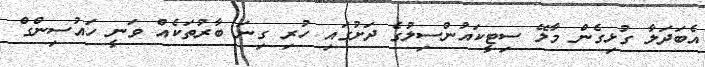
އެބަދަލާ ގުޅިގެން މާލޭ ސިޓީކައުންސިލުގެ ދަށުގައި ހުރި ގިނަ ބާރުތަކެއް ވަނީ ހައުސިންގް